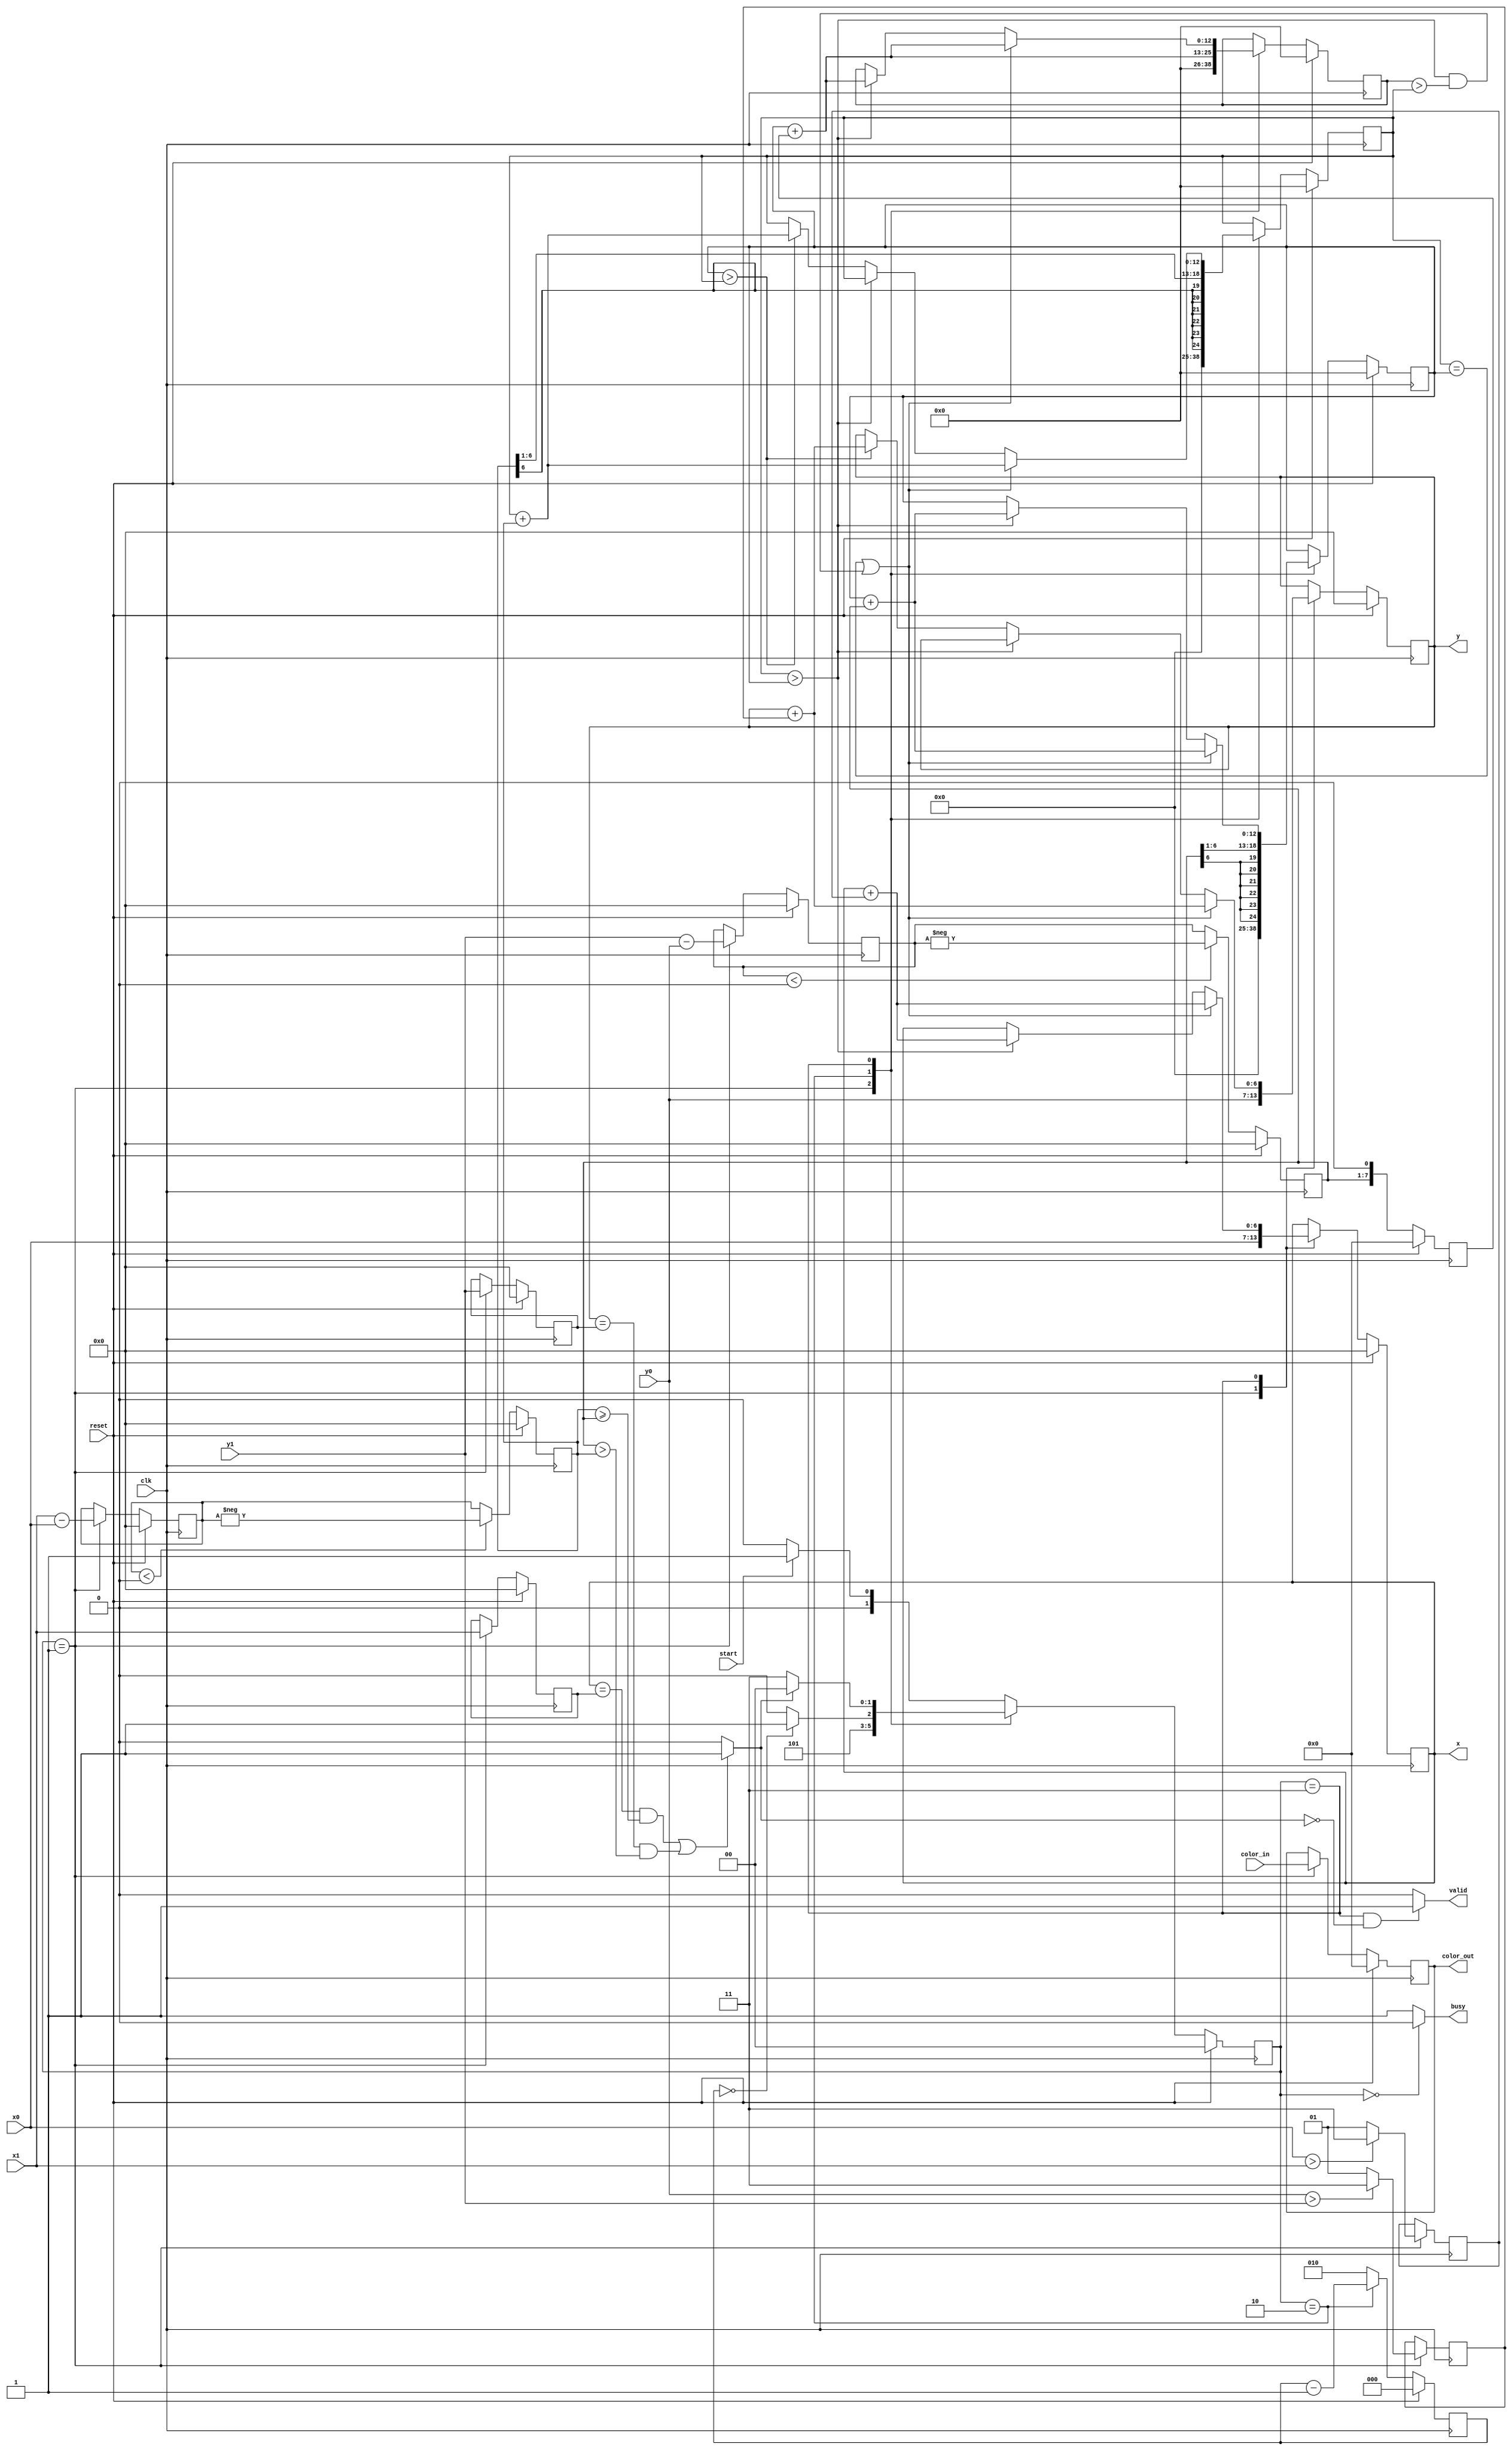
/*
  Copyright (c) 2018, miya
  All rights reserved.

  Redistribution and use in source and binary forms, with or without modification, are permitted provided that the following conditions are met:

  1. Redistributions of source code must retain the above copyright notice, this list of conditions and the following disclaimer.

  2. Redistributions in binary form must reproduce the above copyright notice, this list of conditions and the following disclaimer in the documentation and/or other materials provided with the distribution.

  THIS SOFTWARE IS PROVIDED BY THE COPYRIGHT HOLDERS AND CONTRIBUTORS "AS IS" AND ANY EXPRESS OR IMPLIED WARRANTIES, INCLUDING, BUT NOT LIMITED TO, THE IMPLIED WARRANTIES OF MERCHANTABILITY AND FITNESS FOR A PARTICULAR PURPOSE ARE DISCLAIMED.
  IN NO EVENT SHALL THE COPYRIGHT OWNER OR CONTRIBUTORS BE LIABLE FOR ANY DIRECT, INDIRECT, INCIDENTAL, SPECIAL, EXEMPLARY, OR CONSEQUENTIAL DAMAGES (INCLUDING, BUT NOT LIMITED TO,
  PROCUREMENT OF SUBSTITUTE GOODS OR SERVICES; LOSS OF USE, DATA, OR PROFITS; OR BUSINESS INTERRUPTION) HOWEVER CAUSED AND ON ANY THEORY OF LIABILITY, WHETHER IN CONTRACT, STRICT LIABILITY, OR TORT (INCLUDING NEGLIGENCE OR OTHERWISE) ARISING IN ANY WAY OUT OF THE USE OF THIS SOFTWARE, EVEN IF ADVISED OF THE POSSIBILITY OF SUCH DAMAGE.
*/

module line2
  #(
    parameter WIDTH_BITS = 6,
    parameter COLOR_BITS = 8
    )
  (
   input signed [WIDTH_BITS:0]      x0,
   input signed [WIDTH_BITS:0]      y0,
   input signed [WIDTH_BITS:0]      x1,
   input signed [WIDTH_BITS:0]      y1,
   input [COLOR_BITS-1:0]           color_in,
   input                            clk,
   input                            reset,
   input                            start,
   output                           busy,
   output                           valid,
   output reg signed [WIDTH_BITS:0] x,
   output reg signed [WIDTH_BITS:0] y,
   output reg [COLOR_BITS-1:0]      color_out
   );

  localparam TRUE = 1'b1;
  localparam FALSE = 1'b0;
  localparam ONE = 1'd1;
  localparam ZERO = 1'd0;
  localparam S_ONE = 2'sd1;
  localparam S_MINUS_ONE = -2'sd1;
  localparam S_ZERO = 1'sd0;

  localparam COUNT_INIT = 2;
  localparam STATE_IDLE = 0;
  localparam STATE_START = 1;
  localparam STATE_INIT = 2;
  localparam STATE_RUN = 3;

  wire                              valid_end;
  reg signed [1:0]                  ix;
  reg signed [1:0]                  iy;
  reg signed [WIDTH_BITS:0]         dx_t1;
  reg signed [WIDTH_BITS:0]         dy_t1;
  reg signed [WIDTH_BITS:0]         dx;
  reg signed [WIDTH_BITS:0]         dy;
  reg signed [WIDTH_BITS+1:0]       dy2;
  reg signed [WIDTH_BITS*2:0]       erx;
  reg signed [WIDTH_BITS*2:0]       ery;
  reg signed [WIDTH_BITS*2:0]       ery2;
  reg signed [WIDTH_BITS:0]         xe;
  reg signed [WIDTH_BITS:0]         ye;
  reg [2:0]                         count;
  reg [1:0]                         state;

  function signed [WIDTH_BITS:0] myabs
    (
     input signed [WIDTH_BITS:0] abs_in
     );
    begin
      if (abs_in < S_ZERO)
        begin
          myabs = -abs_in;
        end
      else
        begin
          myabs = abs_in;
        end
    end
  endfunction

  always @(posedge clk)
    begin
      if (reset)
        begin
          state <= STATE_IDLE;
        end
      else
        begin
          case (state)
            STATE_START:
              begin
                state <= STATE_INIT;
              end
            STATE_INIT:
              begin
                if (count == ZERO)
                  begin
                    state <= STATE_RUN;
                  end
                else
                  begin
                    state <= STATE_INIT;
                  end
              end
            STATE_RUN:
              begin
                if (valid_end)
                  begin
                    state <= STATE_IDLE;
                  end
                else
                  begin
                    state <= STATE_RUN;
                  end
              end
            // STATE_IDLE:
            default:
              begin
                if (start)
                  begin
                    state <= STATE_START;
                  end
                else
                  begin
                    state <= STATE_IDLE;
                  end
              end
          endcase
        end
    end

  always @(posedge clk)
    begin
      if (reset)
        begin
          count <= ZERO;
        end
      else
        begin
          if (state == STATE_INIT)
            begin
              count <= count - ONE;
            end
          else
            begin
              count <= COUNT_INIT;
            end
        end
    end

  always @(posedge clk)
    begin
      if (reset)
        begin
          dx_t1 <= S_ZERO;
          dy_t1 <= S_ZERO;
          xe <= S_ZERO;
          ye <= S_ZERO;
          color_out <= ZERO;
        end
      else
        begin
          if (state == STATE_START)
            begin
              dx_t1 <= x1 - x0;
              dy_t1 <= y1 - y0;
              xe <= x1;
              ye <= y1;
              color_out <= color_in;
            end
        end
    end

  always @(posedge clk)
    begin
      if (reset)
        begin
          dx <= S_ZERO;
          dy <= S_ZERO;
          dy2 <= S_ZERO;
        end
      else
        begin
          dx <= myabs(dx_t1);
          dy <= myabs(dy_t1);
          dy2 <= dy << 1;
        end
    end

  always @(posedge clk)
    begin
      if (state == STATE_START)
        begin
          if (x0 > x1)
            begin
              ix <= -2'sd1;
            end
          else
            begin
              ix <= 2'sd1;
            end
        end
    end

  always @(posedge clk)
    begin
      if (state == STATE_START)
        begin
          if (y0 > y1)
            begin
              iy <= -2'sd1;
            end
          else
            begin
              iy <= 2'sd1;
            end
        end
    end

  always @(posedge clk)
    begin
      if (reset)
        begin
          x <= S_ZERO;
          y <= S_ZERO;
          erx <= S_ZERO;
          ery <= S_ZERO;
          ery2 <= S_ZERO;
        end
      else
        begin
          case (state)
            STATE_START:
              begin
                x <= x0;
                y <= y0;
                erx <= S_ZERO;
                ery <= S_ZERO;
                ery2 <= S_ZERO;
              end
            STATE_INIT:
              begin
                erx <= dx >> 1;
                ery <= dy >> 1;
                ery2 <= ery + dy2;
              end
            STATE_RUN:
              begin
                if ((erx == ery) || ((erx > ery) && (ery2 > erx)))
                  begin
                    ery2 <= ery + dy2;
                    x <= x + ix;
                    y <= y + iy;
                    erx <= erx + dx;
                    ery <= ery + dy;
                  end
                else if (erx > ery)
                  begin
                    ery2 <= ery + dy2;
                    x <= x + ix;
                    ery <= ery + dy;
                  end
                else if (ery > erx)
                  begin
                    y <= y + iy;
                    erx <= erx + dx;
                  end
              end
          endcase
        end
    end

  assign valid_end = (((x == xe) && (dx >= dy)) || ((y == ye) && (dy > dx))) ? 1'b1 : 1'b0;
  assign valid = ((state == STATE_RUN) & (~valid_end)) ? 1'b1 : 1'b0;
  assign busy = (state == STATE_IDLE) ? 1'b0 : 1'b1;

endmodule